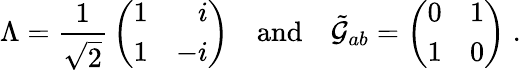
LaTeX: \Lambda={\frac{1}{\sqrt{2}}}\left(\begin{array}{rr}{{1}}&{{i}}\\ {{1}}&{{-i}}\end{array}\right)\quad\mathrm{{and}}\quad\tilde{{\cal G}}_{ab}=\left(\begin{array}{cc}{{0}}&{{1}}\\ {{1}}&{{0}}\end{array}\right)\; .